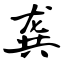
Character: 龚